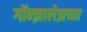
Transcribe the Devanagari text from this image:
गॉन्झालेझच्या